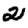
Digit: 2